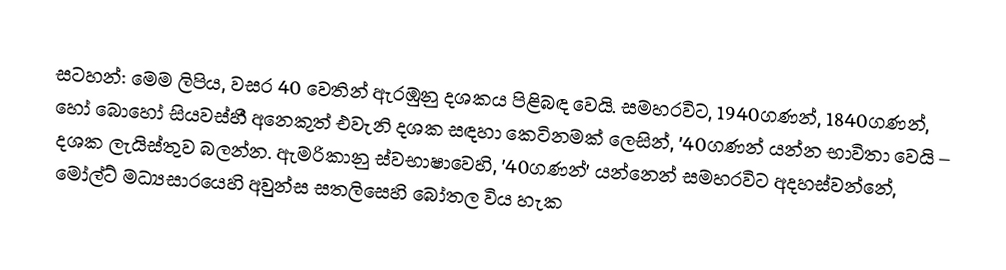
සටහන්: මෙම ලිපිය,  වසර 40 වෙතින් ඇරඹුනු දශකය පිළිබඳ වෙයි.  සමහරවිට,  1940ගණන්, 1840ගණන්, හෝ බොහෝ සියවස්හී අනෙකුත් එවැනි දශක සඳහා කෙටිනමක් ලෙසින්,  '40ගණන් යන්න භාවිතා වෙයි – දශක ලැයිස්තුව බලන්න. ඇමරිකානු ස්වභාෂාවෙහි, '40ගණන්' යන්නෙන් සමහරවිට අදහස්වන්නේ,  මෝල්ට් මධ්‍යසාරයෙහි  අවුන්ස සතලිසෙහි බෝතල විය හැක